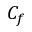
C _ { f }